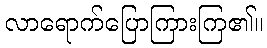
လာရောက်ပြောကြားကြ၏။